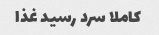
کاملا سرد رسید غذا